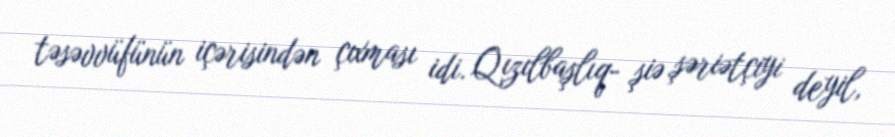
təsəvvüfünün içərisindən çıxması idi. Qızılbaşlıq- şiə şəriətçiyi deyil,